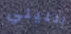
الليلي